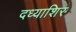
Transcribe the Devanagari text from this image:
दध्याशिर